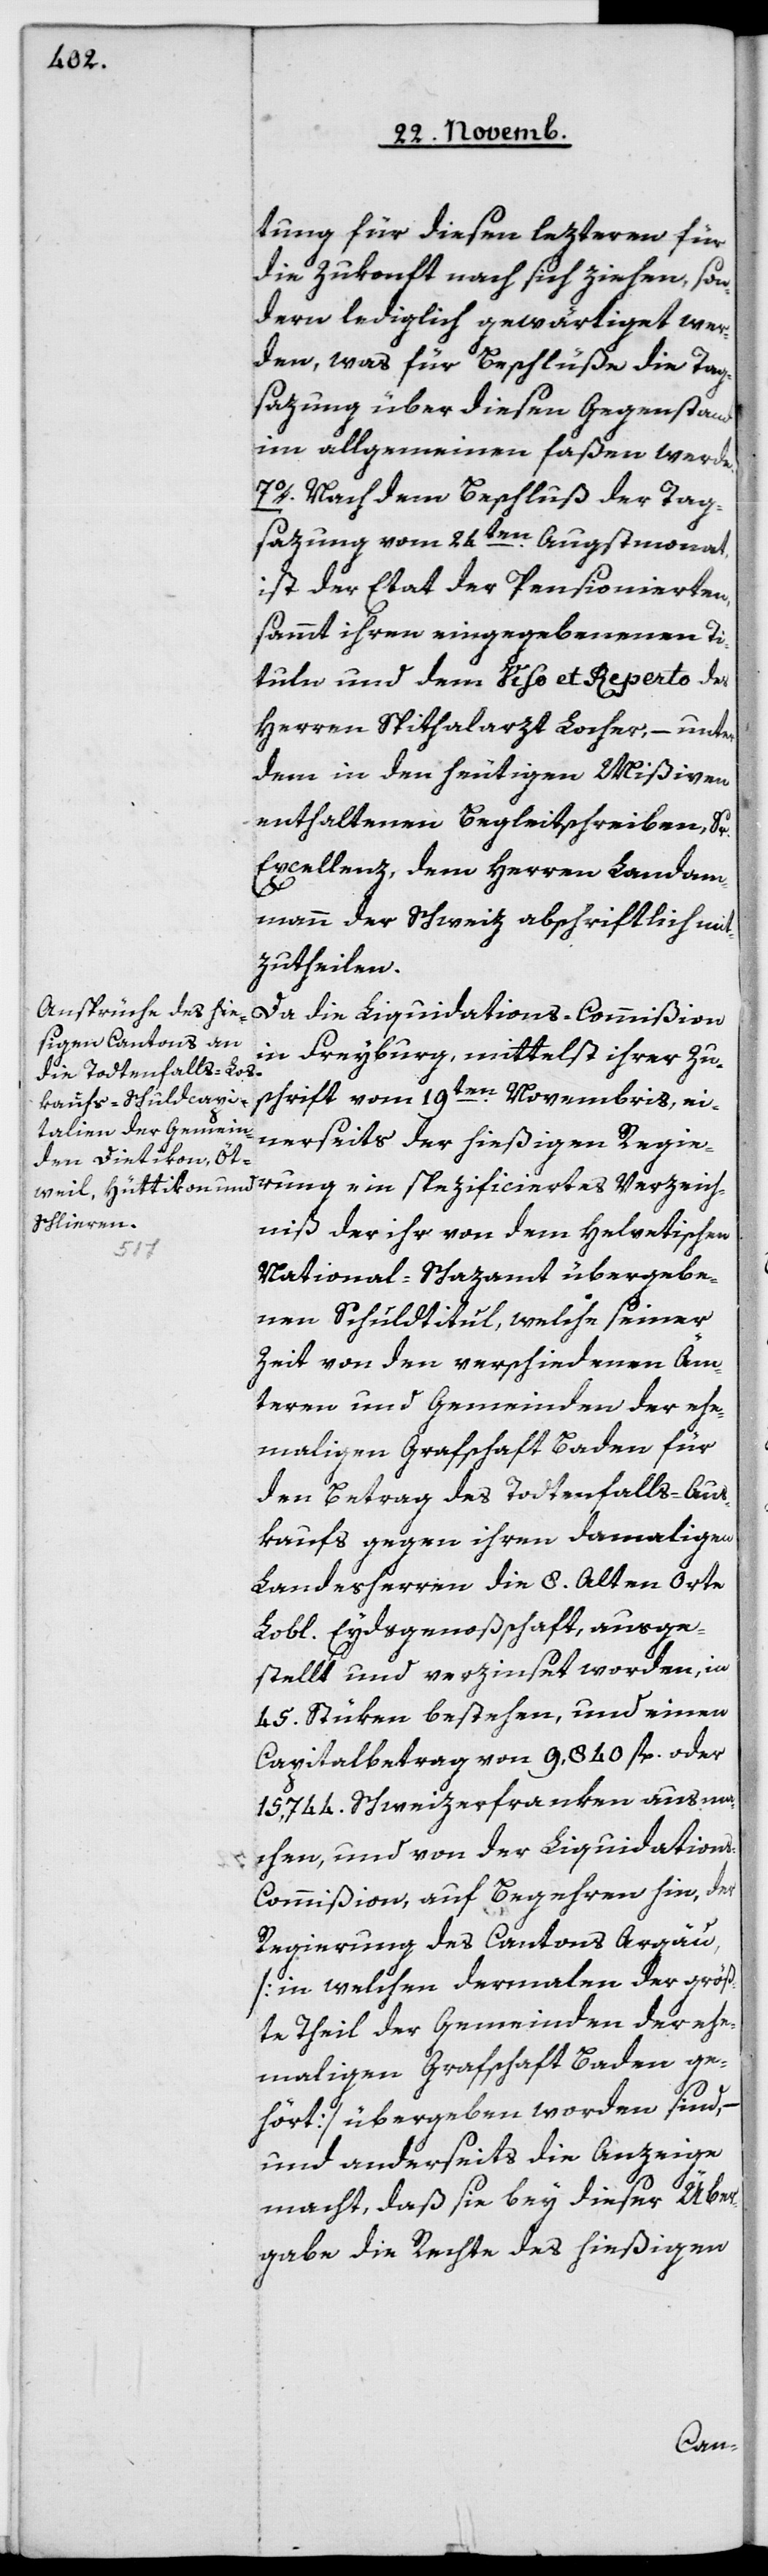
tung für diesen lezteren für
die Zukunft nach sich ziehen, son¬
dern lediglich gewärtiget wer¬
den, was für Beschlüße die Tag¬
sazung über diesen Gegenstand
im Allgemeinen faßen werde.
7o Nach dem Beschluß der Tag¬
sazung vom 24ten Augstmonat,
ist der Etat der Pensionierten,
sammt ihren eingegebenen Ti¬
tuln und dem Viso et Reperto des
Herren Spithalarzt Locher, – unter
dem in den heutigen Mißiven
enthaltenen Begleitschreiben, Sr.
Excellenz, dem Herren Landam¬
mann der Schweiz abschriftlich mit¬
zutheilen.
Da die Liquidations-Commißion
in Freyburg, mittelst ihrer Zu¬
schrift vom 19ten Novembris, ei¬
nerseits der hießigen Regie¬
niß der ihr von dem helvetischen
zeich¬
National-Schazamt übergebe¬
nen Schuldtitul, welche seiner
Zeit von den verschiedenen Äm¬
teren und Gemeinden der ehe¬
maligen Grafschaft Baden für
den Betrag des Todtenfalls-Aus¬
kaufs gegen ihren damaligen
Landesherren die 8 Alten Orte
Lobl. Eydsgenoßenschaft, ausge¬
stellt und verzinset worden, in
45 Stüken bestehen, und einen
Capitalbetrag von 9840 fl. oder
15'744 Schweizerfranken ausma¬
chen, und von der Liquidation¬
s-Commißion auf Begehren hin, der
Regierung des Cantons Argau
[in welchen dermalen der größ¬
te Theil der Gemeinden der ehe¬
maligen Grafschaft Baden ge¬
hört], übergeben worden sind, –
und anderseits die Anzeige
macht, daß sie bey dieser Über¬
gabe die Rechte des hießigen
rung